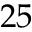
2 5